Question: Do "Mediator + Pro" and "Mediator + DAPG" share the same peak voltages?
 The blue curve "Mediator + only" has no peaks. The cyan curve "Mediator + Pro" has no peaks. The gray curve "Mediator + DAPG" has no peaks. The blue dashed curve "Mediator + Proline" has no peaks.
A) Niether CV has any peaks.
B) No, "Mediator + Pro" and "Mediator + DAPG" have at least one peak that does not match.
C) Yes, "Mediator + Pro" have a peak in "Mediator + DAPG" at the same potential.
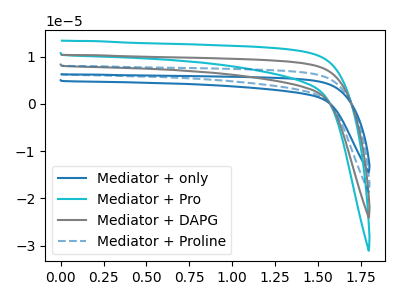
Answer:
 <answer>A) Niether CV has any peaks.</answer>
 <eval>A</eval>